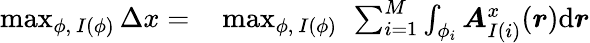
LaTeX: \begin{array}{rl}{\operatorname*{max}_{\phi,\ I(\phi)}\Delta x=}&{{}\operatorname*{max}_{\phi,\ I(\phi)}\ \sum_{i=1}^{M}\int_{\phi_{i}}{\boldsymbol{A}_{I(i)}^{x}(\boldsymbol{r})\mathrm{d}\boldsymbol{r}}}\end{array}